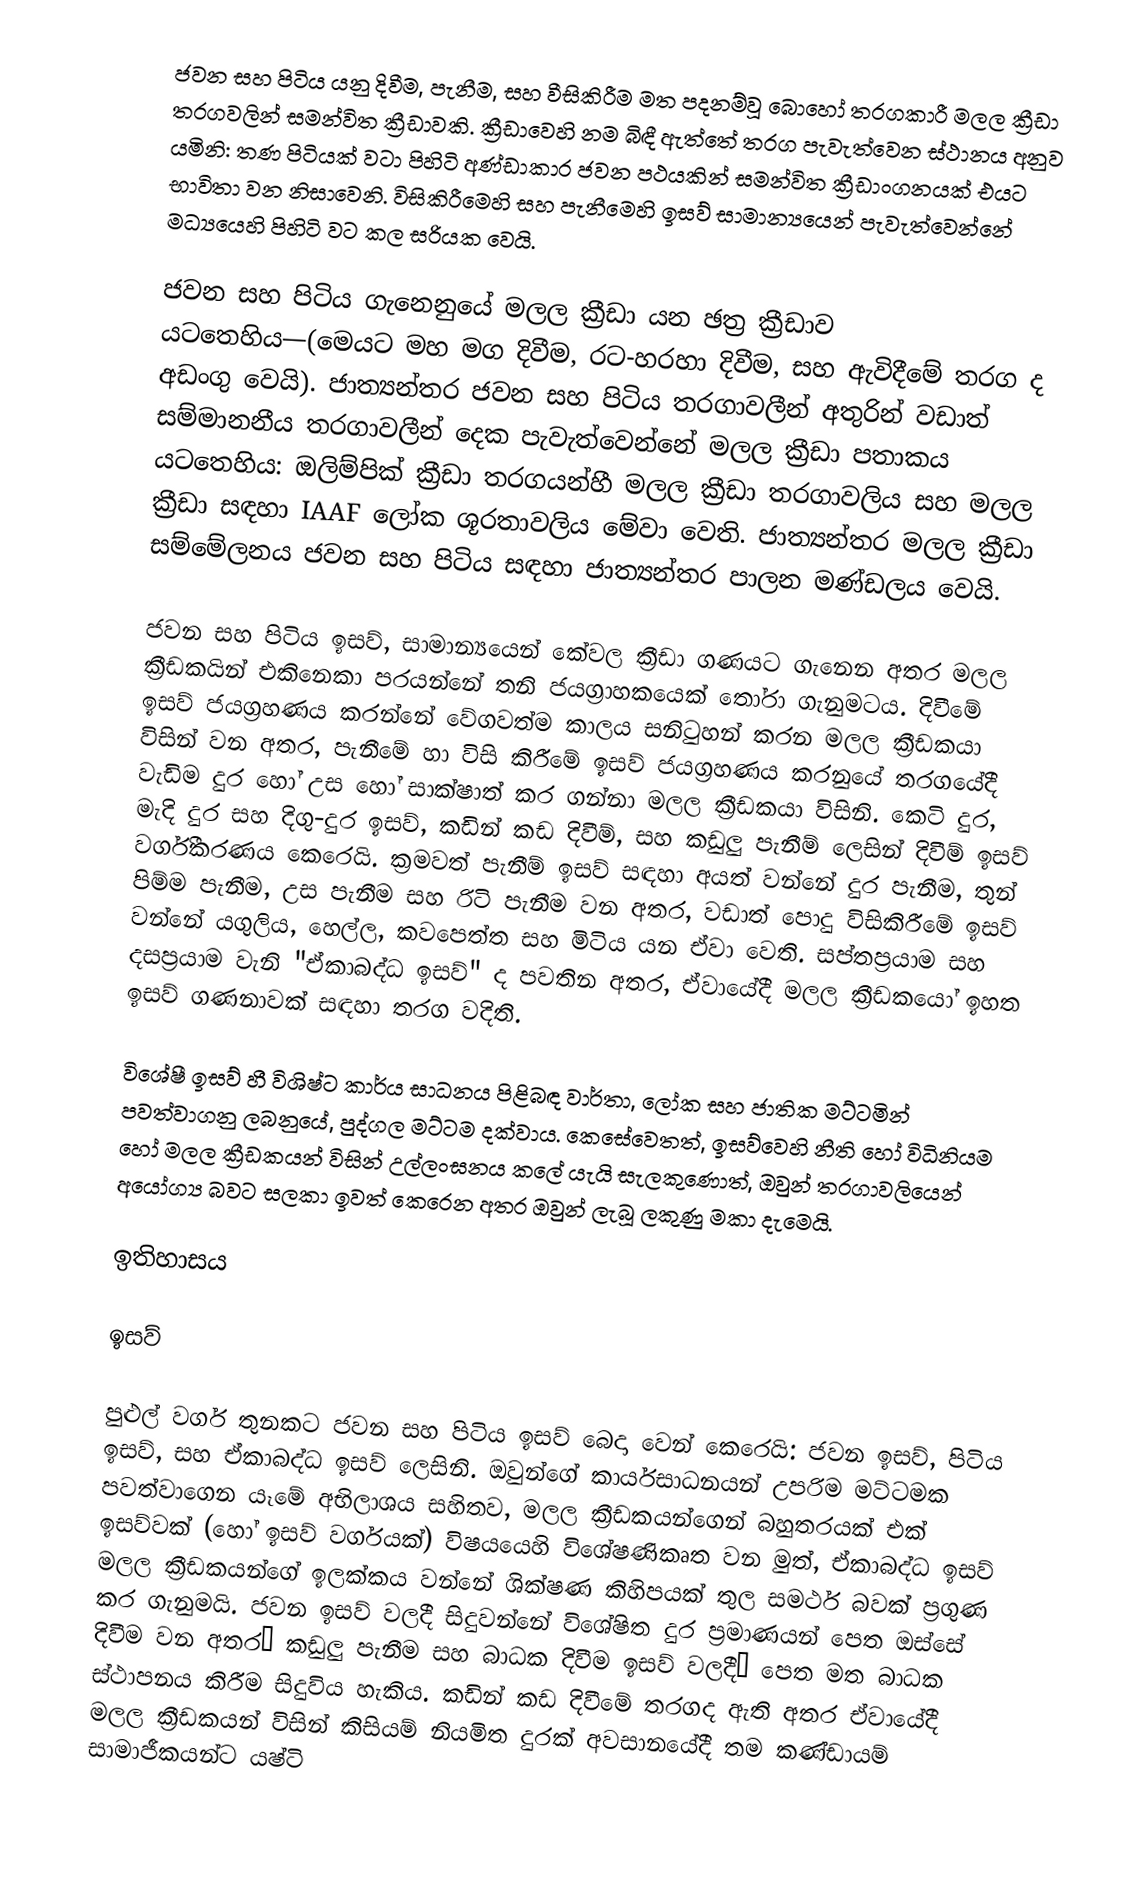
ජවන සහ පිටිය යනු දිවීම, පැනීම, සහ වීසිකිරීම මත පදනම්වූ බොහෝ  තරගකාරී මලල ක්‍රීඩා තරගවලින් සමන්විත ක්‍රීඩාවකි. ක්‍රීඩාවෙහි නම බිඳී ඇත්තේ තරග පැවැත්වෙන ස්ථානය අනුව යමිනි: තණ පිටියක් වටා පිහිටි අණ්ඩාකාර ජවන පථයකින් සමන්විත  ක්‍රීඩාංගනයක් එයට භාවිතා වන නිසාවෙනි. විසිකිරීමෙහි සහ පැනීමෙහි ඉසව් සාමාන්‍යයෙන් පැවැත්වෙන්නේ මධ්‍යයෙහි පිහිටි වට කල සරියක වෙයි.

ජවන සහ පිටිය ගැනෙනුයේ  මලල ක්‍රීඩා යන ඡත්‍ර ක්‍රීඩාව යටතෙහිය—(මෙයට මහ මග දිවීම, රට-හරහා දිවීම, සහ ඇවිදීමේ තරග ද අඩංගු වෙයි). ජාත්‍යන්තර ජවන සහ පිටිය තරගාවලීන් අතුරින් වඩාත් සම්මානනීය තරගාවලීන් දෙක පැවැත්වෙන්නේ මලල ක්‍රීඩා පතාකය යටතෙහිය: ඔලිම්පික් ක්‍රීඩා තරගයන්හී මලල ක්‍රීඩා තරගාවලිය සහ මලල ක්‍රීඩා සඳහා IAAF ලෝක ශූරතාවලිය මේවා වෙති.  ජාත්‍යන්තර මලල ක්‍රීඩා සම්මේලනය ජවන සහ පිටිය සඳහා  ජාත්‍යන්තර පාලන මණ්ඩලය වෙයි.

ජවන සහ පිටිය ඉසව්, සාමාන්‍යයෙන්  කේවල ක්‍රීඩා ගණයට ගැනෙන අතර මලල ක්‍රීඩකයින් එකිනෙකා පරයන්නේ තනි ජයග්‍රාහකයෙක් තෝරා ගැනුමටය. දිවීමේ ඉසව් ජයග්‍රහණය කරන්නේ වේගවත්ම කාලය සනිටුහන් කරන මලල ක්‍රීඩකයා විසින් වන අතර, පැනීමේ හා විසි කිරීමේ ඉසව් ජයග්‍රහණය කරනුයේ තරගයේදී වැඩිම දුර හෝ උස හෝ සාක්ෂාත් කර ගන්නා මලල ක්‍රීඩකයා විසිනි. කෙටි දුර, මැදි දුර සහ  දිගු-දුර ඉසව්, කඩින් කඩ දිවීම්, සහ කඩුලු පැනීම් ලෙසින් දිවීම් ඉසව් වර්ගීකරණය කෙරෙයි. ක්‍රමවත් පැනීම් ඉසව් සඳහා අයත් වන්නේ දුර පැනීම, තුන් පිම්ම පැනීම, උස පැනීම සහ රිටි පැනීම වන අතර, වඩාත් පොදු විසිකිරීමේ ඉසව් වන්නේ යගුලිය, හෙල්ල, කවපෙත්ත සහ මිටිය යන ඒවා වෙති. සප්තප්‍රයාම සහ දසප්‍රයාම වැනි "ඒකාබද්ධ ඉසව්" ද පවතින අතර,  ඒවායේදී මලල ක්‍රීඩකයෝ ඉහත ඉසව් ගණනාවක් සඳහා තරග වදිති.

විශේෂී ඉසව් හී විශිෂ්ට කාර්ය සාධනය පිළිබඳ වාර්තා,  ලෝක සහ ජාතික මට්ටමින් පවත්වාගනු ලබනුයේ, පුද්ගල මට්ටම දක්වාය. කෙසේවෙතත්, ඉසව්වෙහි නීති හෝ විධිනියම හෝ මලල ක්‍රීඩකයන් විසින් උල්ලංඝනය කලේ යැයි සැලකුණොත්, ඔවුන් තරගාවලියෙන් අයෝග්‍ය බවට සලකා ඉවත් කෙරෙන අතර ඔවුන් ලැබූ ලකුණු මකා දැමෙයි.

ඉතිහාසය

ඉසව්

පුළුල් වර්ග තුනකට ජවන සහ පිටිය ඉසව්  බෙදා වෙන් කෙරෙයි: ජවන ඉසව්, පිටිය ඉසව්, සහ ඒකාබද්ධ ඉසව් ලෙසිනි. ඔවුන්ගේ කාර්යසාධනයන් උපරිම මට්ටමක පවත්වාගෙන යෑමේ අභිලාශය සහිතව, මලල ක්‍රීඩකයන්ගෙන් බහුතරයක් එක් ඉසව්වක් (හෝ ඉසව් වර්ගයක්) විෂයයෙහි විශේෂණිකෘත වන මුත්, ඒකාබද්ධ ඉසව් මලල ක්‍රීඩකයන්ගේ ඉලක්කය වන්නේ ශික්ෂණ කිහිපයක් තුල  සමර්ථ බවක් ප්‍රගුණ කර ගැනුමයි. ජවන ඉසව් වලදී සිදුවන්නේ විශේෂිත දුර ප්‍රමාණයන් පෙත ඔස්සේ දිවීම වන අතර— කඩුලු පැනීම සහ බාධක දිවීම ඉසව් වලදී— පෙත මත බාධක ස්ථාපනය කිරීම සිදුවිය හැකිය. කඩින් කඩ දිවීමේ තරගද ඇති අතර ඒවායේදී මලල ක්‍රීඩකයන්  විසින් කිසියම් නියමිත දුරක් අවසානයේදී තම කණ්ඩායම් සාමාජීකයන්ට යෂ්ටි